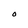
Character: O